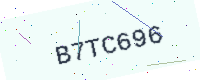
Text: B7TC696